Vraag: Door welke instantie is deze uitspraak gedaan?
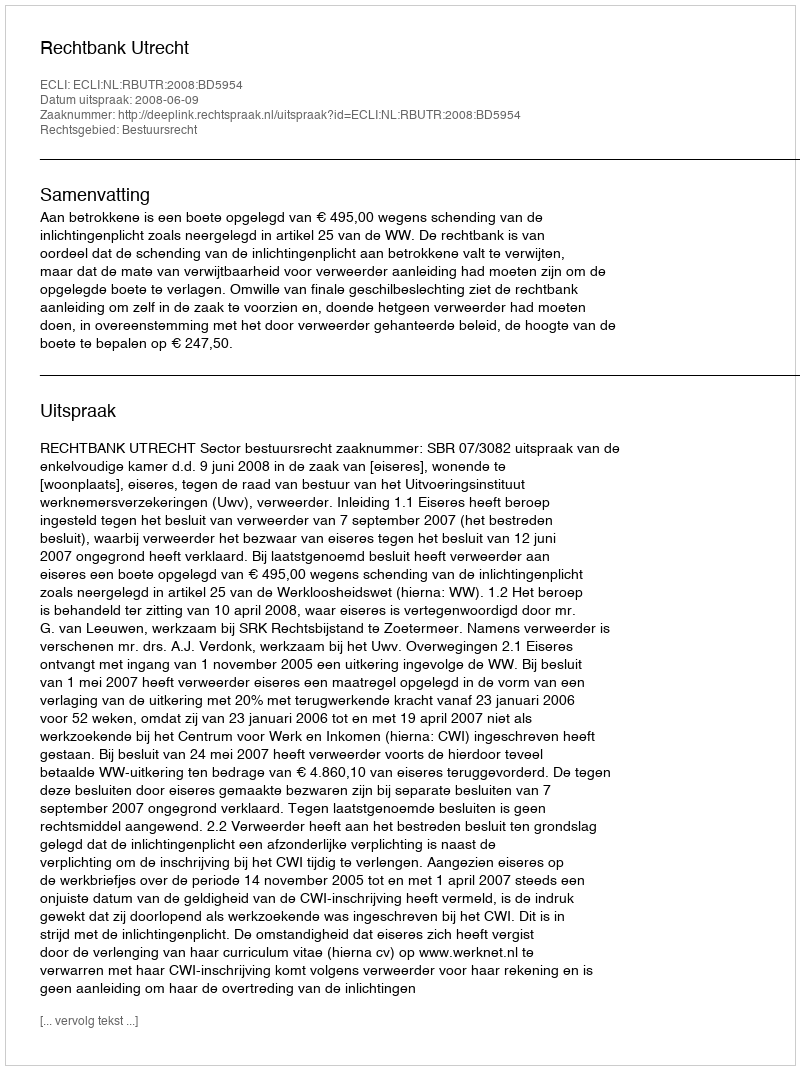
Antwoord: Rechtbank Utrecht